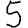
Digit: 5